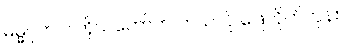
ဓမ္မဂုတ်။ ။ ကိုယ်တော်က ဘယ်လို ဖြေလိုက်တုန်း။